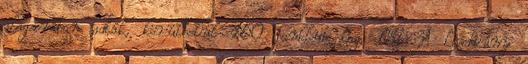
alagsorában adták, körülbelül 150 fanklub tag előtt. A kiadvány